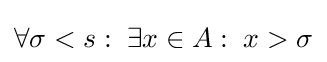
\forall \sigma <s:\;\exists x\in A:\;x>\sigma